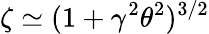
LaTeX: \zeta\simeq(1+\gamma^{2}\theta^{2})^{3/2}